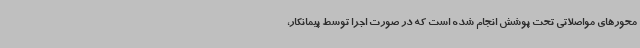
محورهای مواصلاتی تحت پوشش انجام شده است که در صورت اجرا توسط پیمانکار،